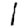
Digit: 1